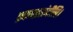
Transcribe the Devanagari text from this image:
प्रकाशसंदीप्ति।